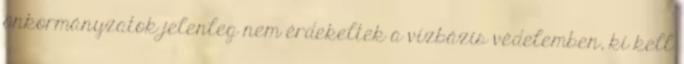
önkormányzatok jelenleg nem érdekeltek a vízbázis védelemben, ki kell